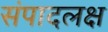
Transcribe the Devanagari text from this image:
संपादलक्ष